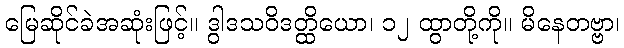
မြေဆိုင်ခဲအဆုံးဖြင့်။ ဒွါဒသဝိဒတ္ထိယော၊ ၁၂ ထွာတို့ကို။ မိနေတဗ္ဗာ၊